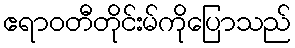
ဧရာဝတီတိုင်းမ်ကိုပြောသည်